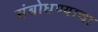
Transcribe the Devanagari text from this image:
संबोधण्याचा